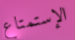
الإستمتاع